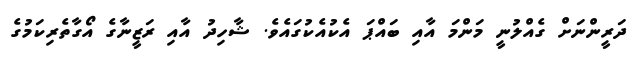
ދަރީންނަށް ގެއްލުނީ މަންމަ އާއި ބައްޕަ އެކުއެކުގައެެވެ. ޝާހިދު އާއި ރަޒީނާގެ އޯގާތެރިކަމުގެ